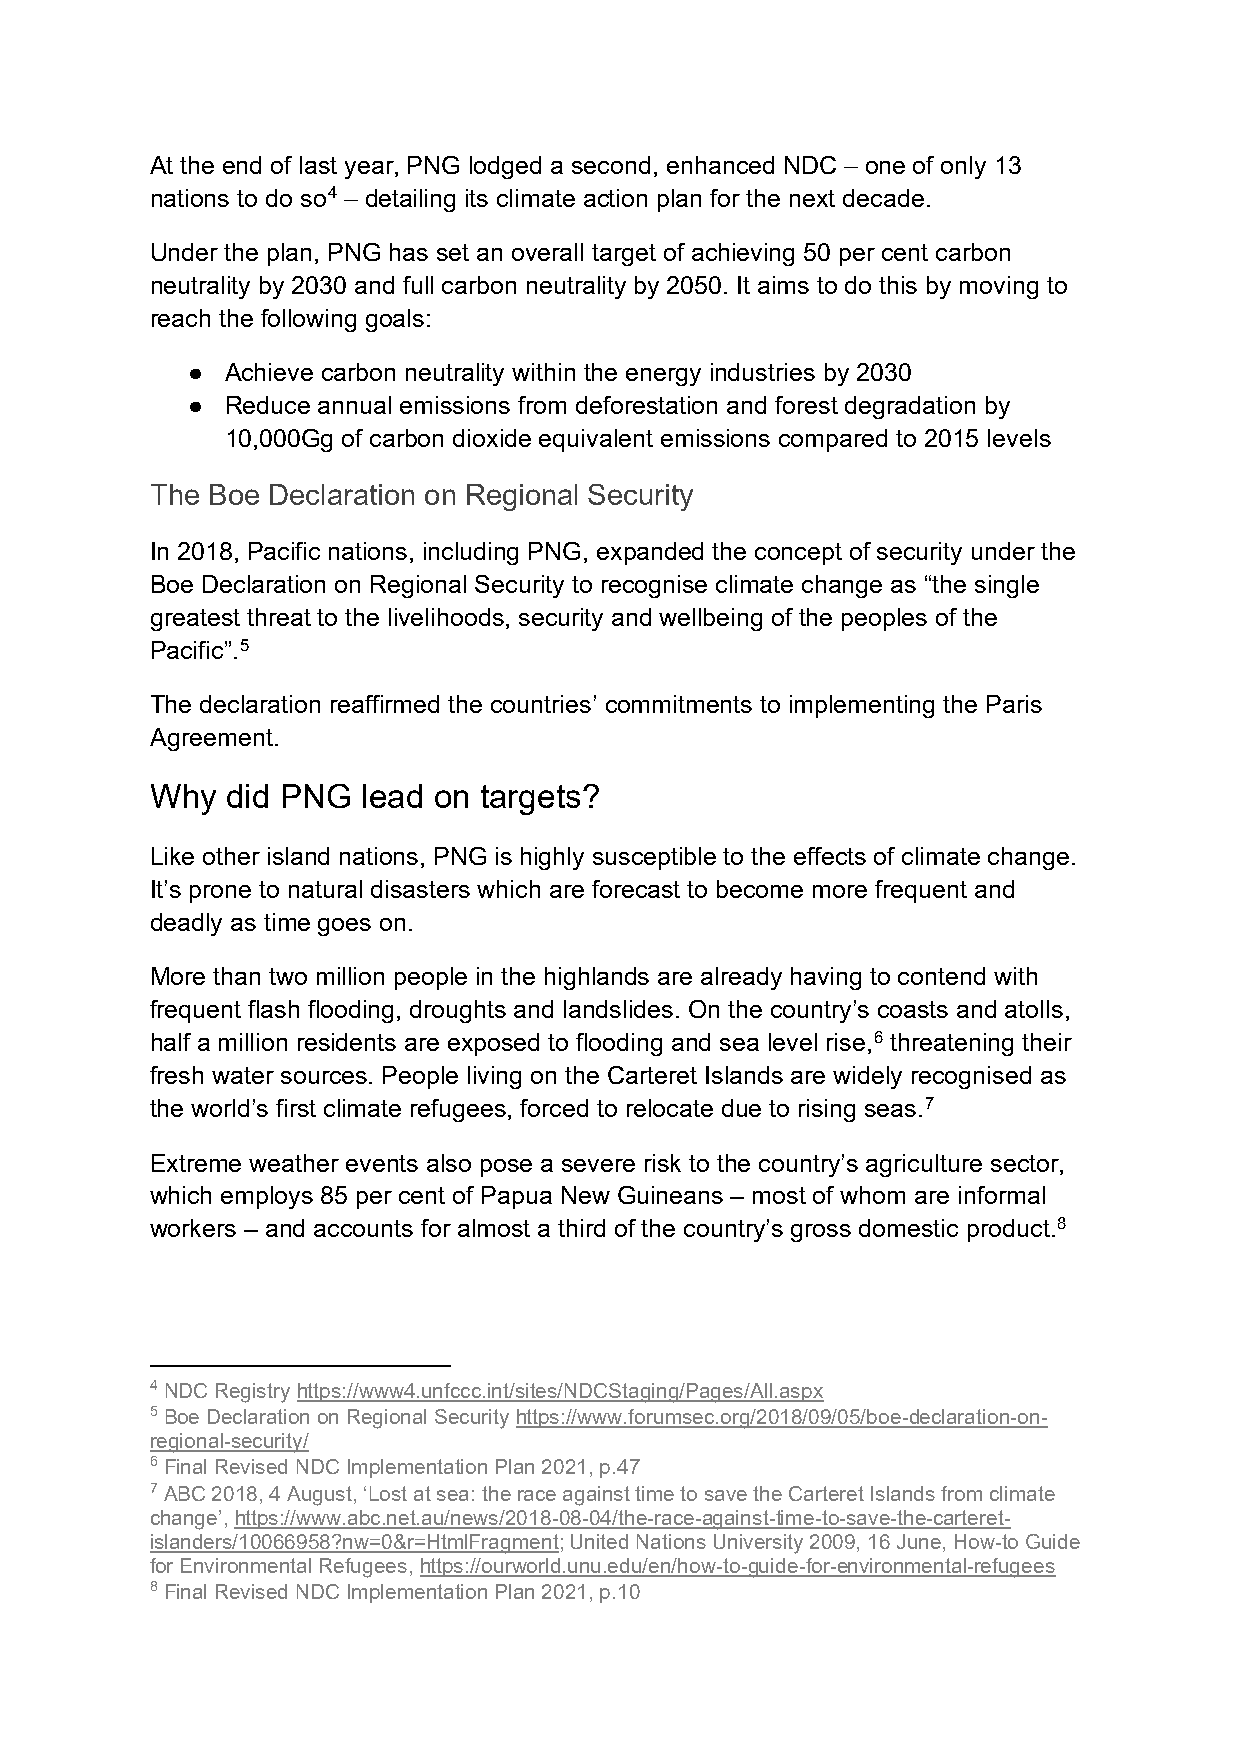
At the end of last year, PNG lodged a second, enhanced NDC – one of only 13
 nations to do so4 – detailing its climate action plan for the next decade.
 Under the plan, PNG has set an overall target of achieving 50 per cent carbon
 neutrality by 2030 and full carbon neutrality by 2050. It aims to do this by moving to
 reach the following goals:
 ●  Achieve carbon neutrality within the energy industries by 2030
 ●  Reduce annual emissions from deforestation and forest degradation by
 10,000Gg of carbon dioxide equivalent emissions compared to 2015 levels
 The Boe Declaration on Regional Security
 In 2018, Pacific nations, including PNG, expanded the concept of security under the
 Boe Declaration on Regional Security to recognise climate change as “the single
 greatest threat to the livelihoods, security and wellbeing of the peoples of the
 Pacific”.5
 The declaration reaffirmed the countries’ commitments to implementing the Paris
 Agreement.
 Why  did PNG  lead on targets?
 Like other island nations, PNG is highly susceptible to the effects of climate change.
 It’s prone to natural disasters which are forecast to become more frequent and
 deadly as time goes on.
 More than two million people in the highlands are already having to contend with
 frequent flash flooding, droughts and landslides. On the country’s coasts and atolls,
 half a million residents are exposed to flooding and sea level rise,6 threatening their
 fresh water sources. People living on the Carteret Islands are widely recognised as
 the world’s first climate refugees, forced to relocate due to rising seas.7
 Extreme weather events also pose a severe risk to the country’s agriculture sector,
 which employs 85 per cent of Papua New Guineans ‒ most of whom are informal
 workers ‒ and accounts for almost a third of the country’s gross domestic product.8
 4 NDC Registry https://www4.unfccc.int/sites/NDCStaging/Pages/All.aspx
 5 Boe Declaration on Regional Security https://www.forumsec.org/2018/09/05/boe-declaration-on-
 regional-security/
 6 Final Revised NDC Implementation Plan 2021, p.47
 7 ABC 2018, 4 August, ‘Lost at sea: the race against time to save the Carteret Islands from climate
 change’, https://www.abc.net.au/news/2018-08-04/the-race-against-time-to-save-the-carteret-
 islanders/10066958?nw=0&r=HtmlFragment; United Nations University 2009, 16 June, How-to Guide
 for Environmental Refugees, https://ourworld.unu.edu/en/how-to-guide-for-environmental-refugees
 8 Final Revised NDC Implementation Plan 2021, p.10